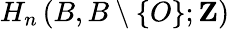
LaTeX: H_{n}\left(B,B\setminus\{ O\} ;\mathbf{Z}\right)